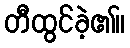
တီထွင်ခဲ့၏။